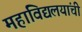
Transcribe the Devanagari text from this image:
महाविद्यलयांची